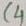
Text: C4